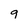
Character: 9